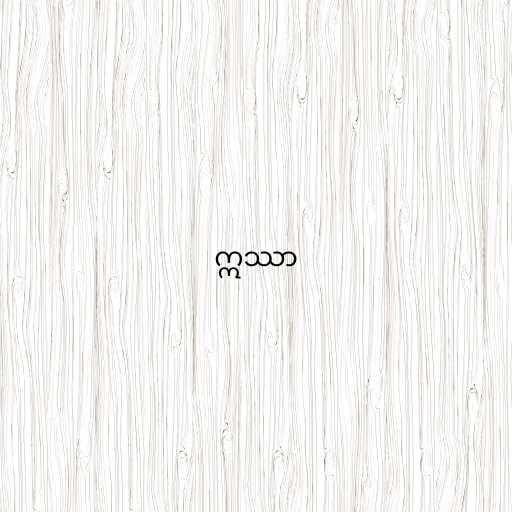
ဣဿာ